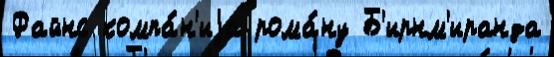
Файнс компа́н'иjа рома́ну Б'ирнм'иранда